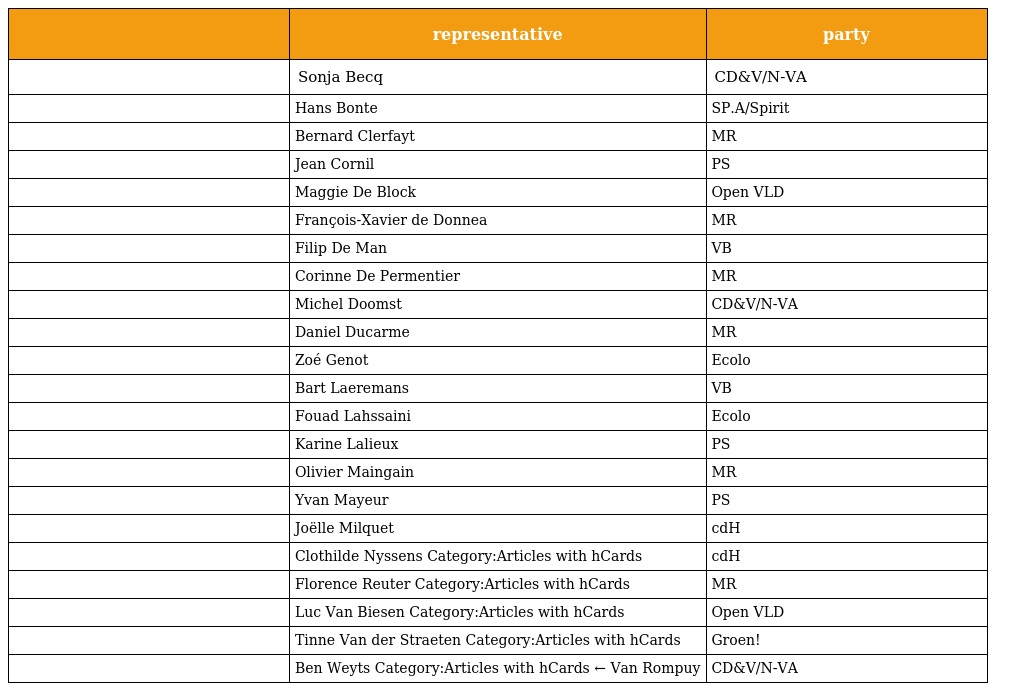
|  | representative | party |
 | --- | --- | --- |
 |  | Sonja Becq | CD&V/N-VA |
 |  | Hans Bonte | SP.A/Spirit |
 |  | Bernard Clerfayt | MR |
 |  | Jean Cornil | PS |
 |  | Maggie De Block | Open VLD |
 |  | François-Xavier de Donnea | MR |
 |  | Filip De Man | VB |
 |  | Corinne De Permentier | MR |
 |  | Michel Doomst | CD&V/N-VA |
 |  | Daniel Ducarme | MR |
 |  | Zoé Genot | Ecolo |
 |  | Bart Laeremans | VB |
 |  | Fouad Lahssaini | Ecolo |
 |  | Karine Lalieux | PS |
 |  | Olivier Maingain | MR |
 |  | Yvan Mayeur | PS |
 |  | Joëlle Milquet | cdH |
 |  | Clothilde Nyssens Category:Articles with hCards | cdH |
 |  | Florence Reuter Category:Articles with hCards | MR |
 |  | Luc Van Biesen Category:Articles with hCards | Open VLD |
 |  | Tinne Van der Straeten Category:Articles with hCards | Groen! |
 |  | Ben Weyts Category:Articles with hCards ← Van Rompuy | CD&V/N-VA |